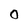
Character: O